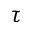
\boldsymbol { \tau }